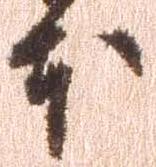
本